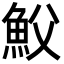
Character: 𩵹